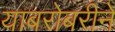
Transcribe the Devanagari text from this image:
याबरोबरीने